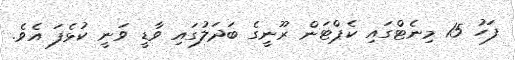
ފަހު 15 މިނެޓްގައި ކެޕްޓަން ރޫނީގެ ބަދަލުގައި ވާޑީ ވަނީ ކުޅެފަ އެވެ.